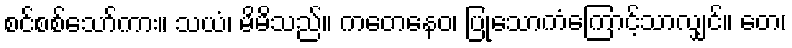
စင်စစ်သော်ကား။ သယံ၊ မိမိသည်။ ကတေနေဝ၊ ပြုသောကံကြောင့်သာလျှင်။ တေ၊